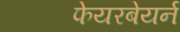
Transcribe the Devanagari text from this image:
फेयरबेयर्न